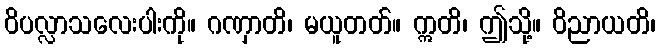
ဝိပလ္လာသလေးပါးကို။ ဂဏှာတိ၊ မယူတတ်။ ဣတိ၊ ဤသို့။ ဝိညာယတိ၊